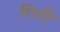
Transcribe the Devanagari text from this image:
गित्ती